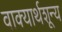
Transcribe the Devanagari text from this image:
वाक्यार्थशून्य